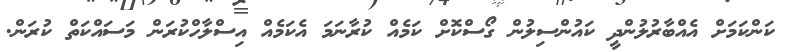
ކަންކަމަށް އެއްބާރުލުންދީ ކައުންސިލުން ގޯސްކޮށް ކަމެއް ކުރާނަމަ އެކަމެއް އިސްލާހްކުރަން މަސައްކަތް ކުރަން.